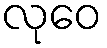
လုဝေ